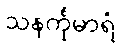
သနင်္ကုမာရံ